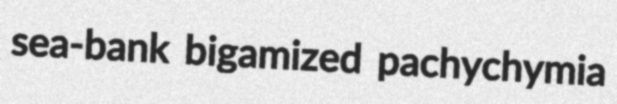
sea-bank bigamized pachychymia